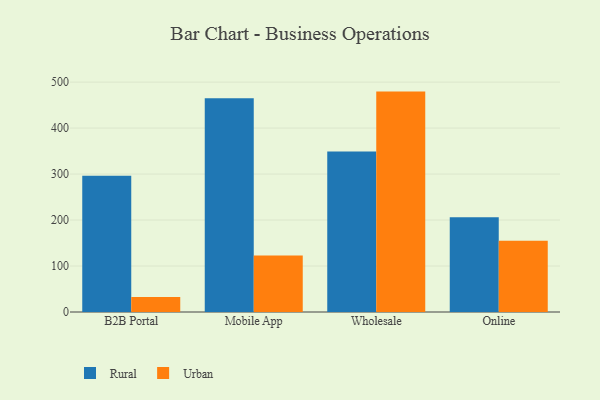
{"axis": {"x": "Channel", "y": "Headcount"}, "legend": ["Rural", "Urban"], "data": [{"x": "B2B Portal", "y": 296.4, "type": "Rural"}, {"x": "B2B Portal", "y": 32.8, "type": "Urban"}, {"x": "Mobile App", "y": 464.6, "type": "Rural"}, {"x": "Mobile App", "y": 122.9, "type": "Urban"}, {"x": "Wholesale", "y": 349.1, "type": "Rural"}, {"x": "Wholesale", "y": 479.3, "type": "Urban"}, {"x": "Online", "y": 205.9, "type": "Rural"}, {"x": "Online", "y": 154.8, "type": "Urban"}]}